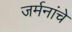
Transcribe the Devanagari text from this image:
जर्मनांचे